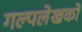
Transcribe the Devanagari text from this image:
गल्पलेखकों